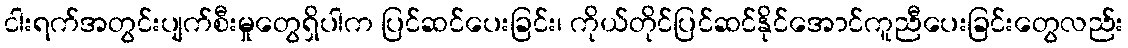
ငါးရက်အတွင်းပျက်စီးမှုတွေရှိပါက ပြင်ဆင်ပေးခြင်း၊ ကိုယ်တိုင်ပြင်ဆင်နိုင်အောင်ကူညီပေးခြင်းတွေလည်း